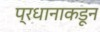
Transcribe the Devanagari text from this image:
प्रधानाकडून